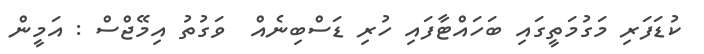
ކުޑަފަރި މަގުމަތީގައި ބަހައްޓާފައި ހުރި ޑަސްބިނެއް  ވަގުތު އިމޭޖްސް : އަމީން